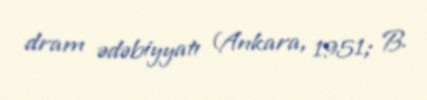
dram ədəbiyyatı (Ankara, 1951; B.